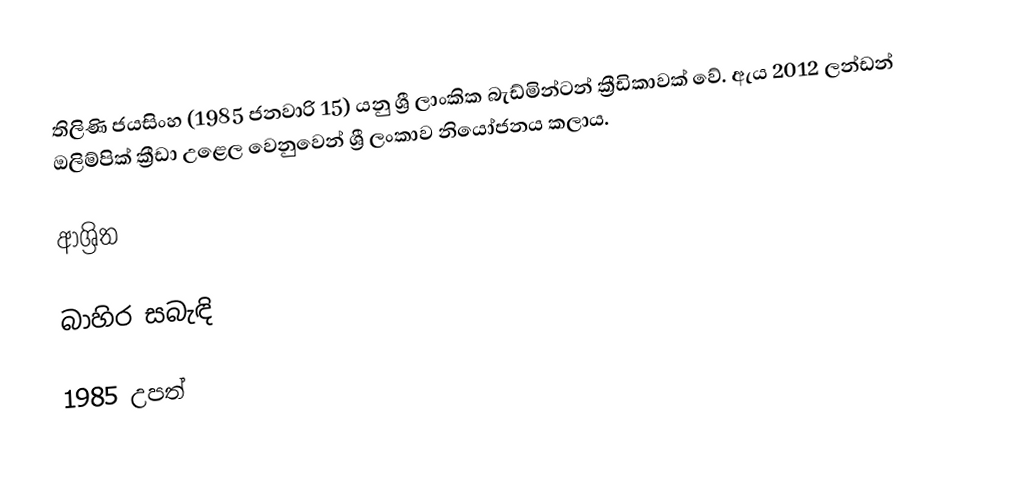
තිලිණි ජයසිංහ (1985 ජනවාරි 15) යනු ශ්‍රී ලාංකික බැඩ්මින්ටන් ක්‍රීඩිකාවක් වේ. ඇය 2012 ලන්ඩන් ඔලිම්පික් ක්‍රීඩා උළෙල වෙනුවෙන් ශ්‍රී ලංකාව නියෝජනය කලාය.

ආශ්‍රිත

බාහිර සබැඳි

1985 උපත්